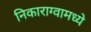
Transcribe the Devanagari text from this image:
निकाराग्वामध्ये